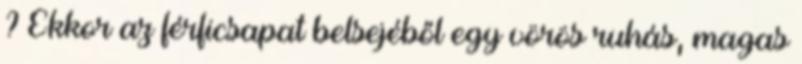
? Ekkor az férficsapat belsejéből egy vörös ruhás, magas